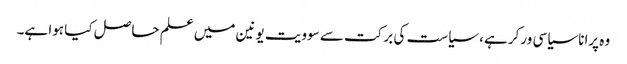
وہ پرانا سیاسی ورکر ہے، سیاست کی برکت سے سوویت یونین میں علم حاصل کیا ہوا ہے۔